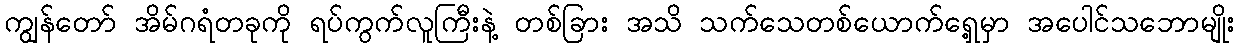
ကျွန်တော် အိမ်ဂရံတခုကို ရပ်ကွက်လူကြီးနဲ့ တစ်ခြား အသိ သက်သေတစ်ယောက်ရှေ့မှာ အပေါင်သဘောမျိုး